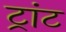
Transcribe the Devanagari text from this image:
ट्रांट